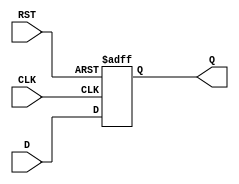
module StoreRegister #(
    parameter WIDTH = 8  // Parameter to define the width of the register
)(
    input  wire [WIDTH-1:0] D,    // Data input
    input  wire CLK,                // Clock signal
    input  wire RST,                // Asynchronous reset signal
    output reg  [WIDTH-1:0] Q       // Data output
);

// Always block for the Store Register functionality
always @(posedge CLK or posedge RST) begin
    if (RST) begin
        Q <= {WIDTH{1'b0}}; // Reset output to 0
    end else begin
        Q <= D; // Latch data on clock edge
    end
end

endmodule